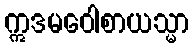
ဣဒမဝေါစာယသ္မာ